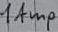
Text: 1Amp